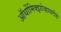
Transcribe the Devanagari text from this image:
ऑर्थोमिक्झोव्हायरीडे